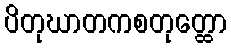
ပိတုဃာတကစတုတ္ထော